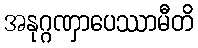
အနုဂ္ဂဏှာပေဿာမီတိ